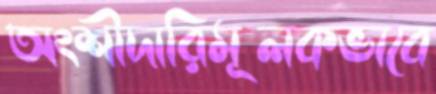
অংশীদারিমূলকভাবে